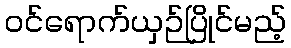
ဝင်ရောက်ယှဉ်ပြိုင်မည့်